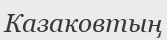
Казаковтың